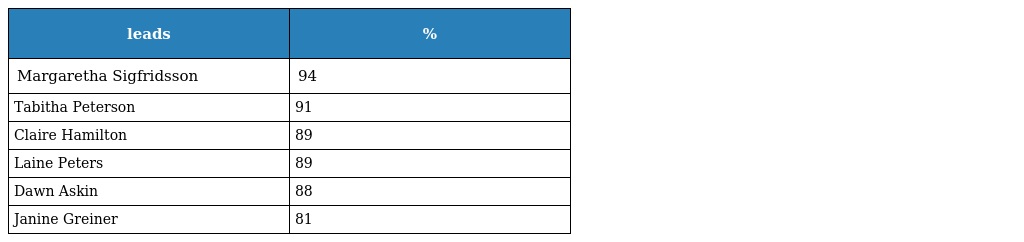
| leads | % |
 | --- | --- |
 | Margaretha Sigfridsson | 94 |
 | Tabitha Peterson | 91 |
 | Claire Hamilton | 89 |
 | Laine Peters | 89 |
 | Dawn Askin | 88 |
 | Janine Greiner | 81 |